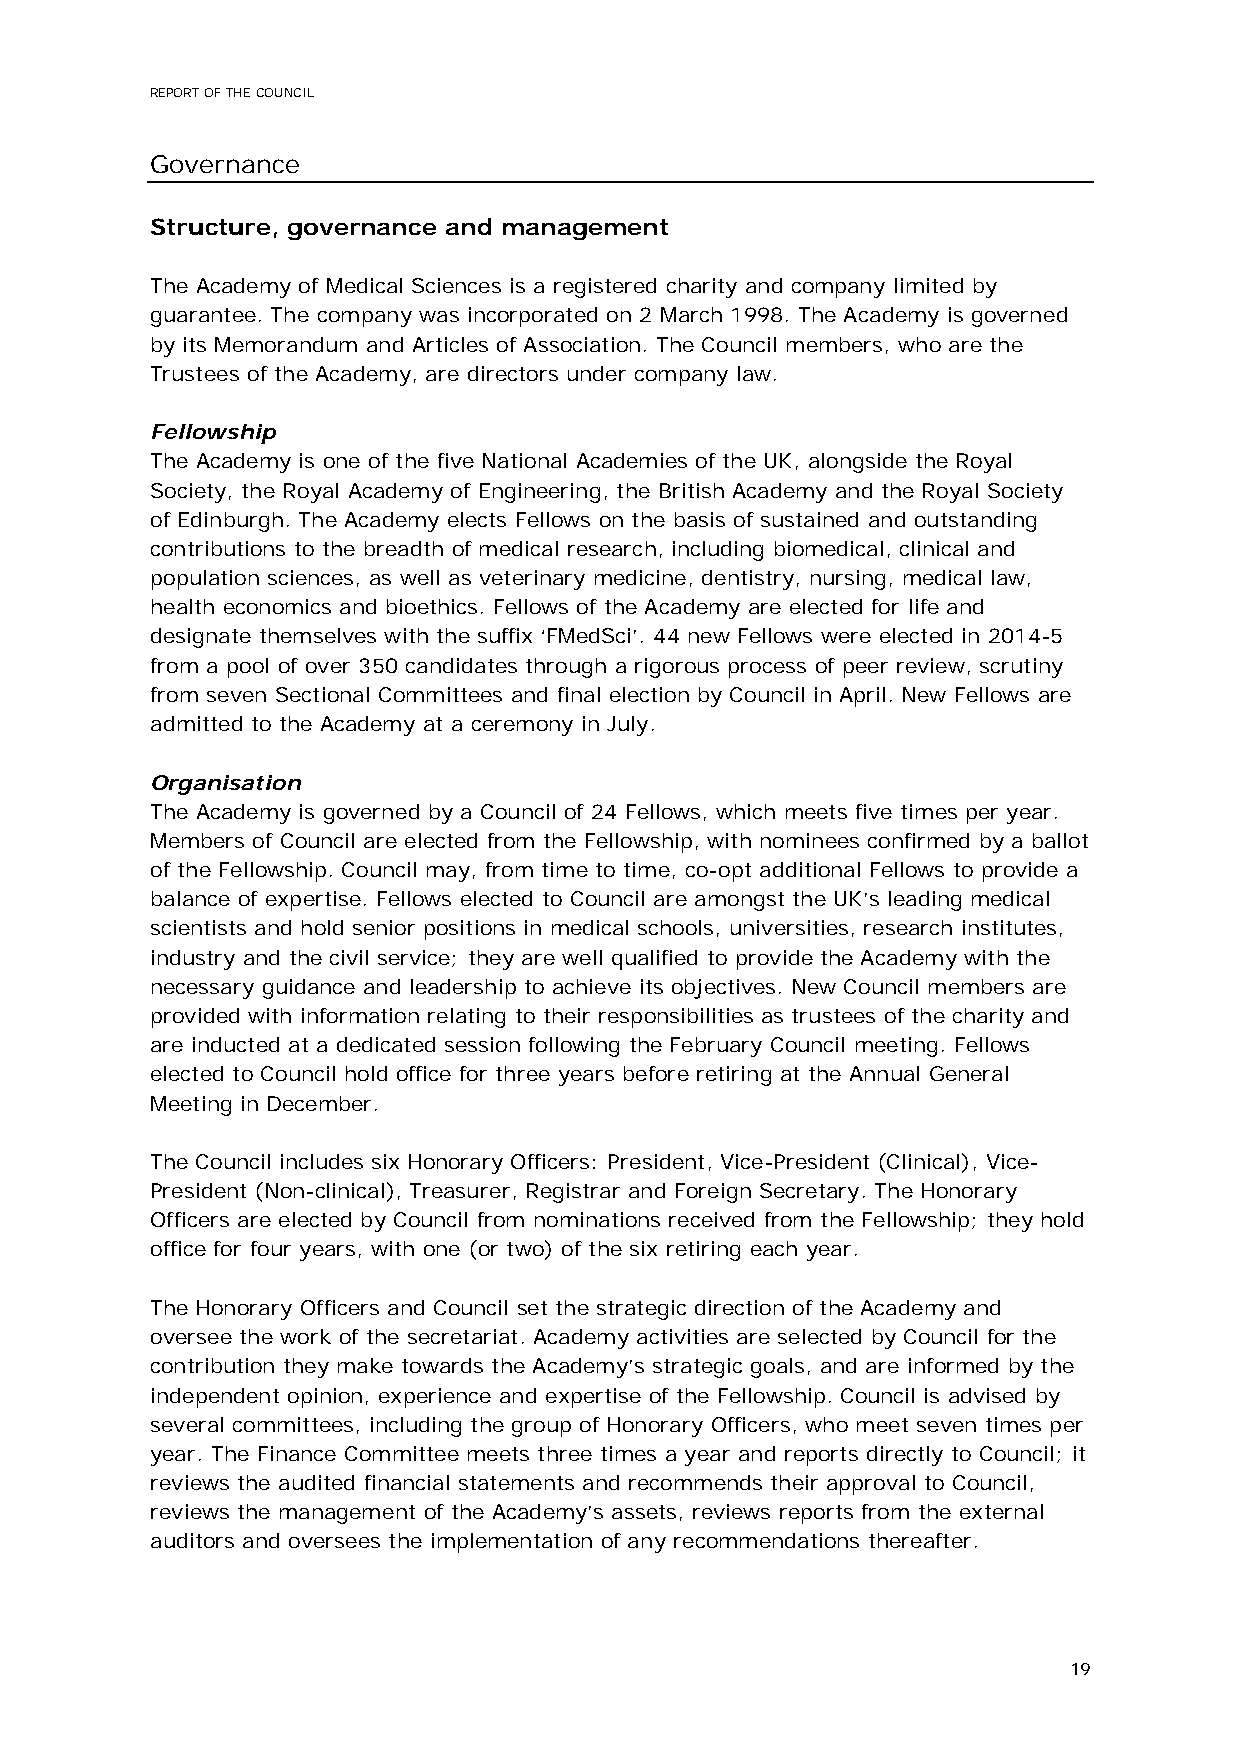
REPORT OF THE COUNCIL
 Governance
 Structure, governance and management
 The Academy of Medical Sciences is a registered charity and company limited by
 guarantee. The company was incorporated on 2 March 1998. The Academy is governed
 by its Memorandum and Articles of Association. The Council members, who are the
 Trustees of the Academy, are directors under company law.
 Fellowship
 The Academy is one of the five National Academies of the UK, alongside the Royal
 Society, the Royal Academy of Engineering, the British Academy and the Royal Society
 of Edinburgh. The Academy elects Fellows on the basis of sustained and outstanding
 contributions to the breadth of medical research, including biomedical, clinical and
 population sciences, as well as veterinary medicine, dentistry, nursing, medical law,
 health economics and bioethics. Fellows of the Academy are elected for life and
 designate themselves with the suffix ‘FMedSci’. 44 new Fellows were elected in 2014-5
 from a pool of over 350 candidates through a rigorous process of peer review, scrutiny
 from seven Sectional Committees and final election by Council in April. New Fellows are
 admitted to the Academy at a ceremony in July.
 Organisation
 The Academy is governed by a Council of 24 Fellows, which meets five times per year.
 Members of Council are elected from the Fellowship, with nominees confirmed by a ballot
 of the Fellowship. Council may, from time to time, co-opt additional Fellows to provide a
 balance of expertise. Fellows elected to Council are amongst the UK’s leading medical
 scientists and hold senior positions in medical schools, universities, research institutes,
 industry and the civil service; they are well qualified to provide the Academy with the
 necessary guidance and leadership to achieve its objectives. New Council members are
 provided with information relating to their responsibilities as trustees of the charity and
 are inducted at a dedicated session following the February Council meeting. Fellows
 elected to Council hold office for three years before retiring at the Annual General
 Meeting in December.
 The Council includes six Honorary Officers: President, Vice-President (Clinical), Vice-
 President (Non-clinical), Treasurer, Registrar and Foreign Secretary. The Honorary
 Officers are elected by Council from nominations received from the Fellowship; they hold
 office for four years, with one (or two) of the six retiring each year.
 The Honorary Officers and Council set the strategic direction of the Academy and
 oversee the work of the secretariat. Academy activities are selected by Council for the
 contribution they make towards the Academy’s strategic goals, and are informed by the
 independent opinion, experience and expertise of the Fellowship. Council is advised by
 several committees, including the group of Honorary Officers, who meet seven times per
 year. The Finance Committee meets three times a year and reports directly to Council; it
 reviews the audited financial statements and recommends their approval to Council,
 reviews the management of the Academy’s assets, reviews reports from the external
 auditors and oversees the implementation of any recommendations thereafter.
 19